Reports on dispensaries and lunatic asylums in the Province of Oudh - 1869-1876
Year: 1869
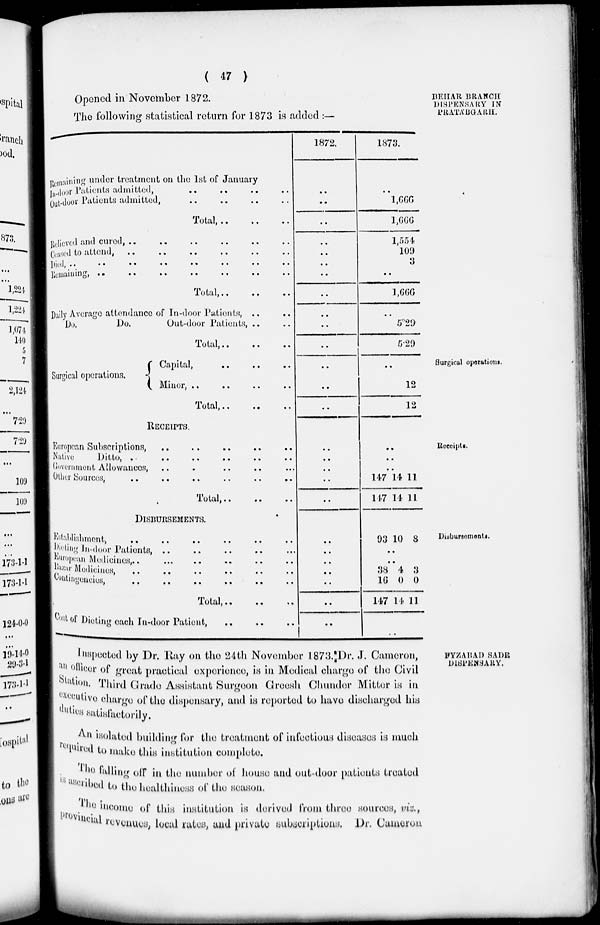
( 47 )
BEHAR BRANCH
DISPENSARY IN
PRATÁBGARH.
Opened in November 1872.
The following statistical return for 1873 is added :—
Remaining under treatment on the 1st of January
In-door Patients admitted, .. .. .. ..
Out-door Patients admitted, .. .. .. ..
Total,
..
..
..
Relieved and cured, ..
..
..
..
..
..
Ceased to attend,
..
..
..
..
Died,
..
..
..
..
..
..
Remaining, .. .. .. .. .. .. ..
Total,
..
..
..
Daily Average attendance of In-door Patients, .. ..
Do.
Do.
Out-door Patients, .. ..
Total,
..
.. ..
1872.
..
..
..
..
..
..
..
..
..
..
..
1873.
..
1,666
1,666
1,554
109
3
..
1,666
..
5.29
5.29
Surgical operations.
Surgical operations.
Capital,
..
..
..
..
Minor,
..
..
..
..
Total, ..
..
..
..
..
12
12
Receipts.
RECEIPTS
European Subscriptions, .. .. .. .. ..
Native
Ditto,
..
..
..
..
..
Government Allowances, .. .. .. .. ..
Other Sources,
..
..
..
..
..
Total,
..
..
..
..
..
..
..
..
..
..
..
147
147
14
14
11
11
Disbursements.
DISBURSEMENTS.
Establishment,
..
..
..
..
..
Dieting In-door Patients,
..
..
..
..
..
European Medicines , .. .. .. .. .. ..
Bazar Medicines, .. .. .. .. ..
Contingencies, .. .. .. .. ..
Total, .. .. ..
Cost of Dieting each In-door Patient, .. .. .. .. .. ..
..
..
..
..
..
..
..
93 10 8
..
..
38
16
147
4
0
14
3
0
11
..
FYZABAD SADR
DISPENSARY.
Inspected by Dr. Kay on the 24th November 1873. Dr. J. Cameron,
an officer of great practical experience, is in Medical charge of the Civil
Station. Third Grade Assistant Surgeon Greesh Chunder Mitter is in
executive charge of the dispensary, and is reported to have discharged his
duties satisfactorily.
An isolated building for the treatment of infectious diseases is much
required to make this institution complete.
The falling off in the number of house and out-door patients treated
is ascribed to the healthiness of the season.
The income of this institution is derived from three sources, viz.,
provincial revenues, local rates, and private subscriptions. Dr. Cameron